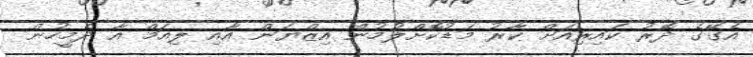
އެގޭގެ ދޮރު ކައިރިއަށް ކާރު މަޑުކޮށްލުމުން އިޒްޔަން އާއި ލިއަމް އާ ދެމީހުން